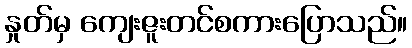
နှုတ်မှ ကျေးဇူးတင်စကားပြောသည်။